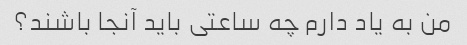
من به یاد دارم چه ساعتی باید آنجا باشند؟